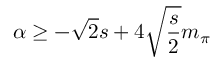
\alpha \ge - \sqrt 2 s + 4 \sqrt { \frac s 2 } m _ { \pi }